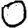
Digit: 0